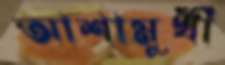
আশামুখী